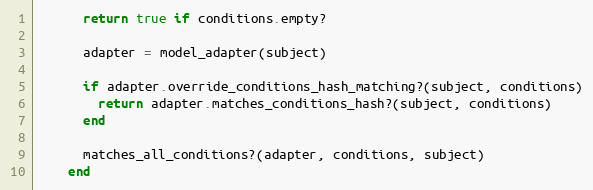
Language: Ruby
      return true if conditions.empty?

      adapter = model_adapter(subject)

      if adapter.override_conditions_hash_matching?(subject, conditions)
        return adapter.matches_conditions_hash?(subject, conditions)
      end

      matches_all_conditions?(adapter, conditions, subject)
    end